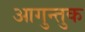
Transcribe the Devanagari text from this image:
आगुन्तुक